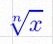
\sqrt[n]{x}